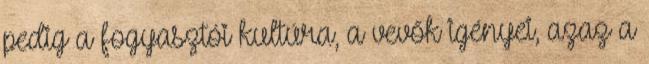
pedig a fogyasztói kultúra, a vevők igényei, azaz a